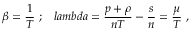
\beta = \frac { 1 } { T } ~ ; \, \, \, \, \, l a m b d a = \frac { p + \rho } { n T } - \frac { s } { n } = \frac { \mu } { T } ~ ,